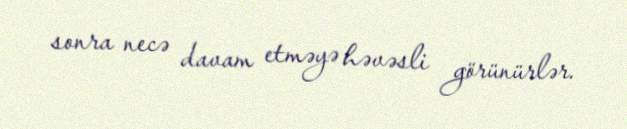
sonra necə davam etməyə həvəsli görünürlər.